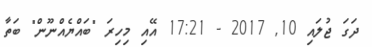
ދަގަ ޖުލައި 10